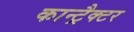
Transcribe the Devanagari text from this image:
कान्ट्रैक्टर